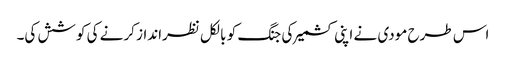
اس طرح مودی نے اپنی کشمیر کی جنگ کو بالکل نظرانداز کرنے کی کوشش کی۔